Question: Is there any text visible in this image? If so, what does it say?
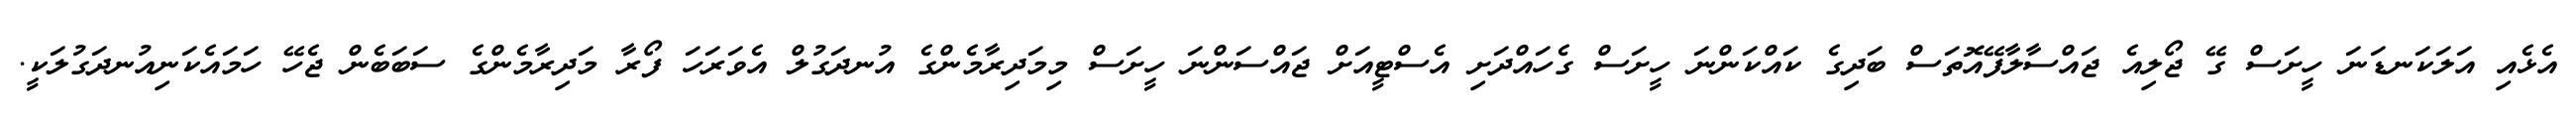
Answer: އެޅެއި އަލަކަނޑަނަ ހީށަސް ގޭ ޖޯލިއެ ޖައްސާލާފޭއޮތަސް ބަދިގެ ކައްކަންނަ ހީށަސް ގެހައްދަށި އެސްޓީއަށް ޖައްސަންނަ ހީށަސް މިމަދިރާމެންގެ އުނދަގުލް އެވަރަހަ ފޯރާ މަދިރާމެންގެ ސަބަބެން ޖެހޭ ހަމައެކަނިއުނދަގުލަކީ.